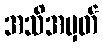
အသိအမှတ်